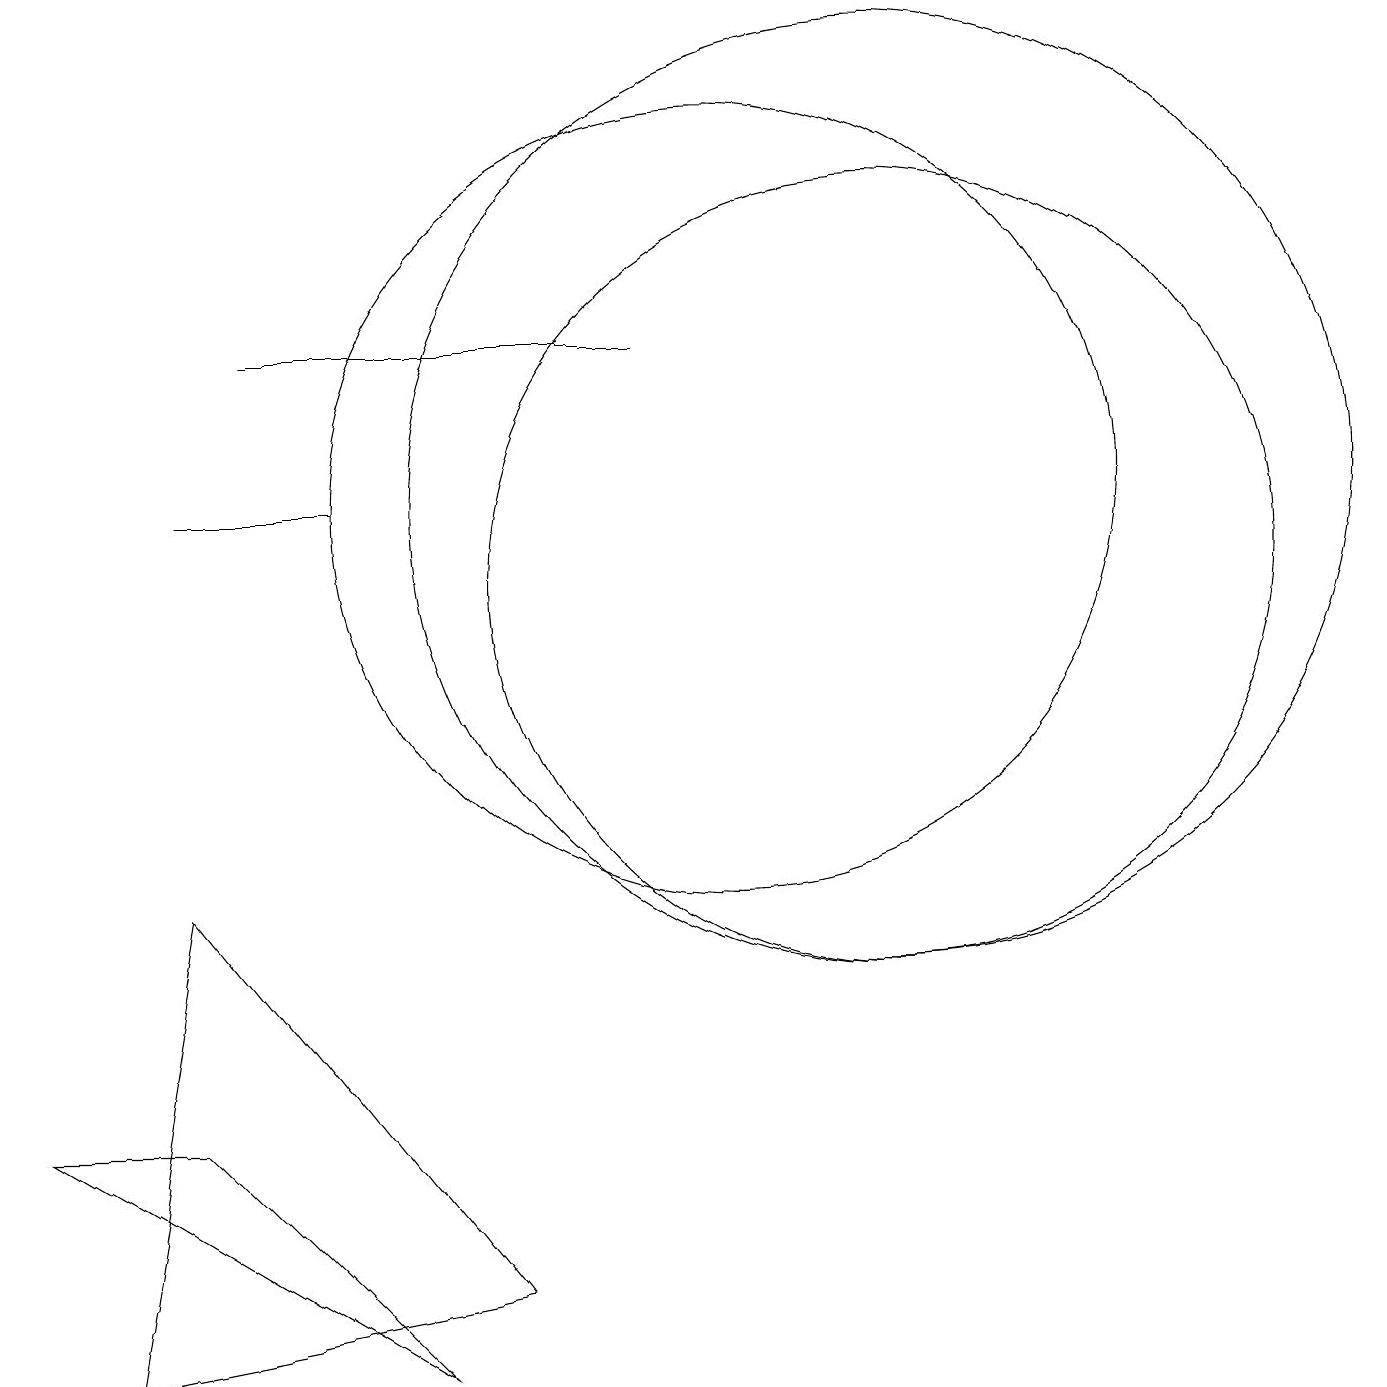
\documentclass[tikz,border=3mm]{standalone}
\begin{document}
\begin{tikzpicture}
\draw (12,10) circle (5);
\draw (9,13) rectangle (4,13);
\draw (6,0) -- (3,3) -- (1,3) -- cycle;
\draw (10,11) circle (5);
\draw (7,1) -- (3,6) -- (2,0) -- cycle;
\draw (12,11) circle (6);
\draw (3,11) rectangle (5,11);
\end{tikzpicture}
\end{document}